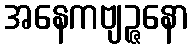
အနေကဗျဉ္ဇနော